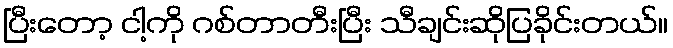
ပြီးတော့ ငါ့ကို ဂစ်တာတီးပြီး သီချင်းဆိုပြခိုင်းတယ်။